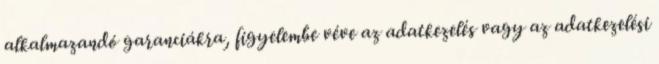
alkalmazandó garanciákra, figyelembe véve az adatkezelés vagy az adatkezelési